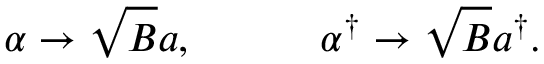
\alpha \rightarrow \sqrt { B } a , \, \, \, \, \, \, \, \, \, \, \, \, \, \, \, \, \, \, \alpha ^ { \dag } \rightarrow \sqrt { B } a ^ { \dag } .